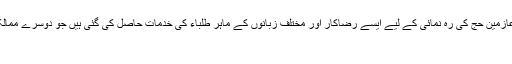
سعودی عرب کے ہوائی اڈوں پر عازمین حج کی رہ نمائی کے لیے ایسے رضاکار اور مختلف زبانوں کے ماہر طلباء کی خدمات حاصل کی گئی ہیں جو دوسرے ممالک سے آنے والے عازمین ... مزید
’’ہیلو!